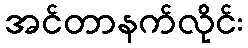
အင်တာနက်လိုင်း